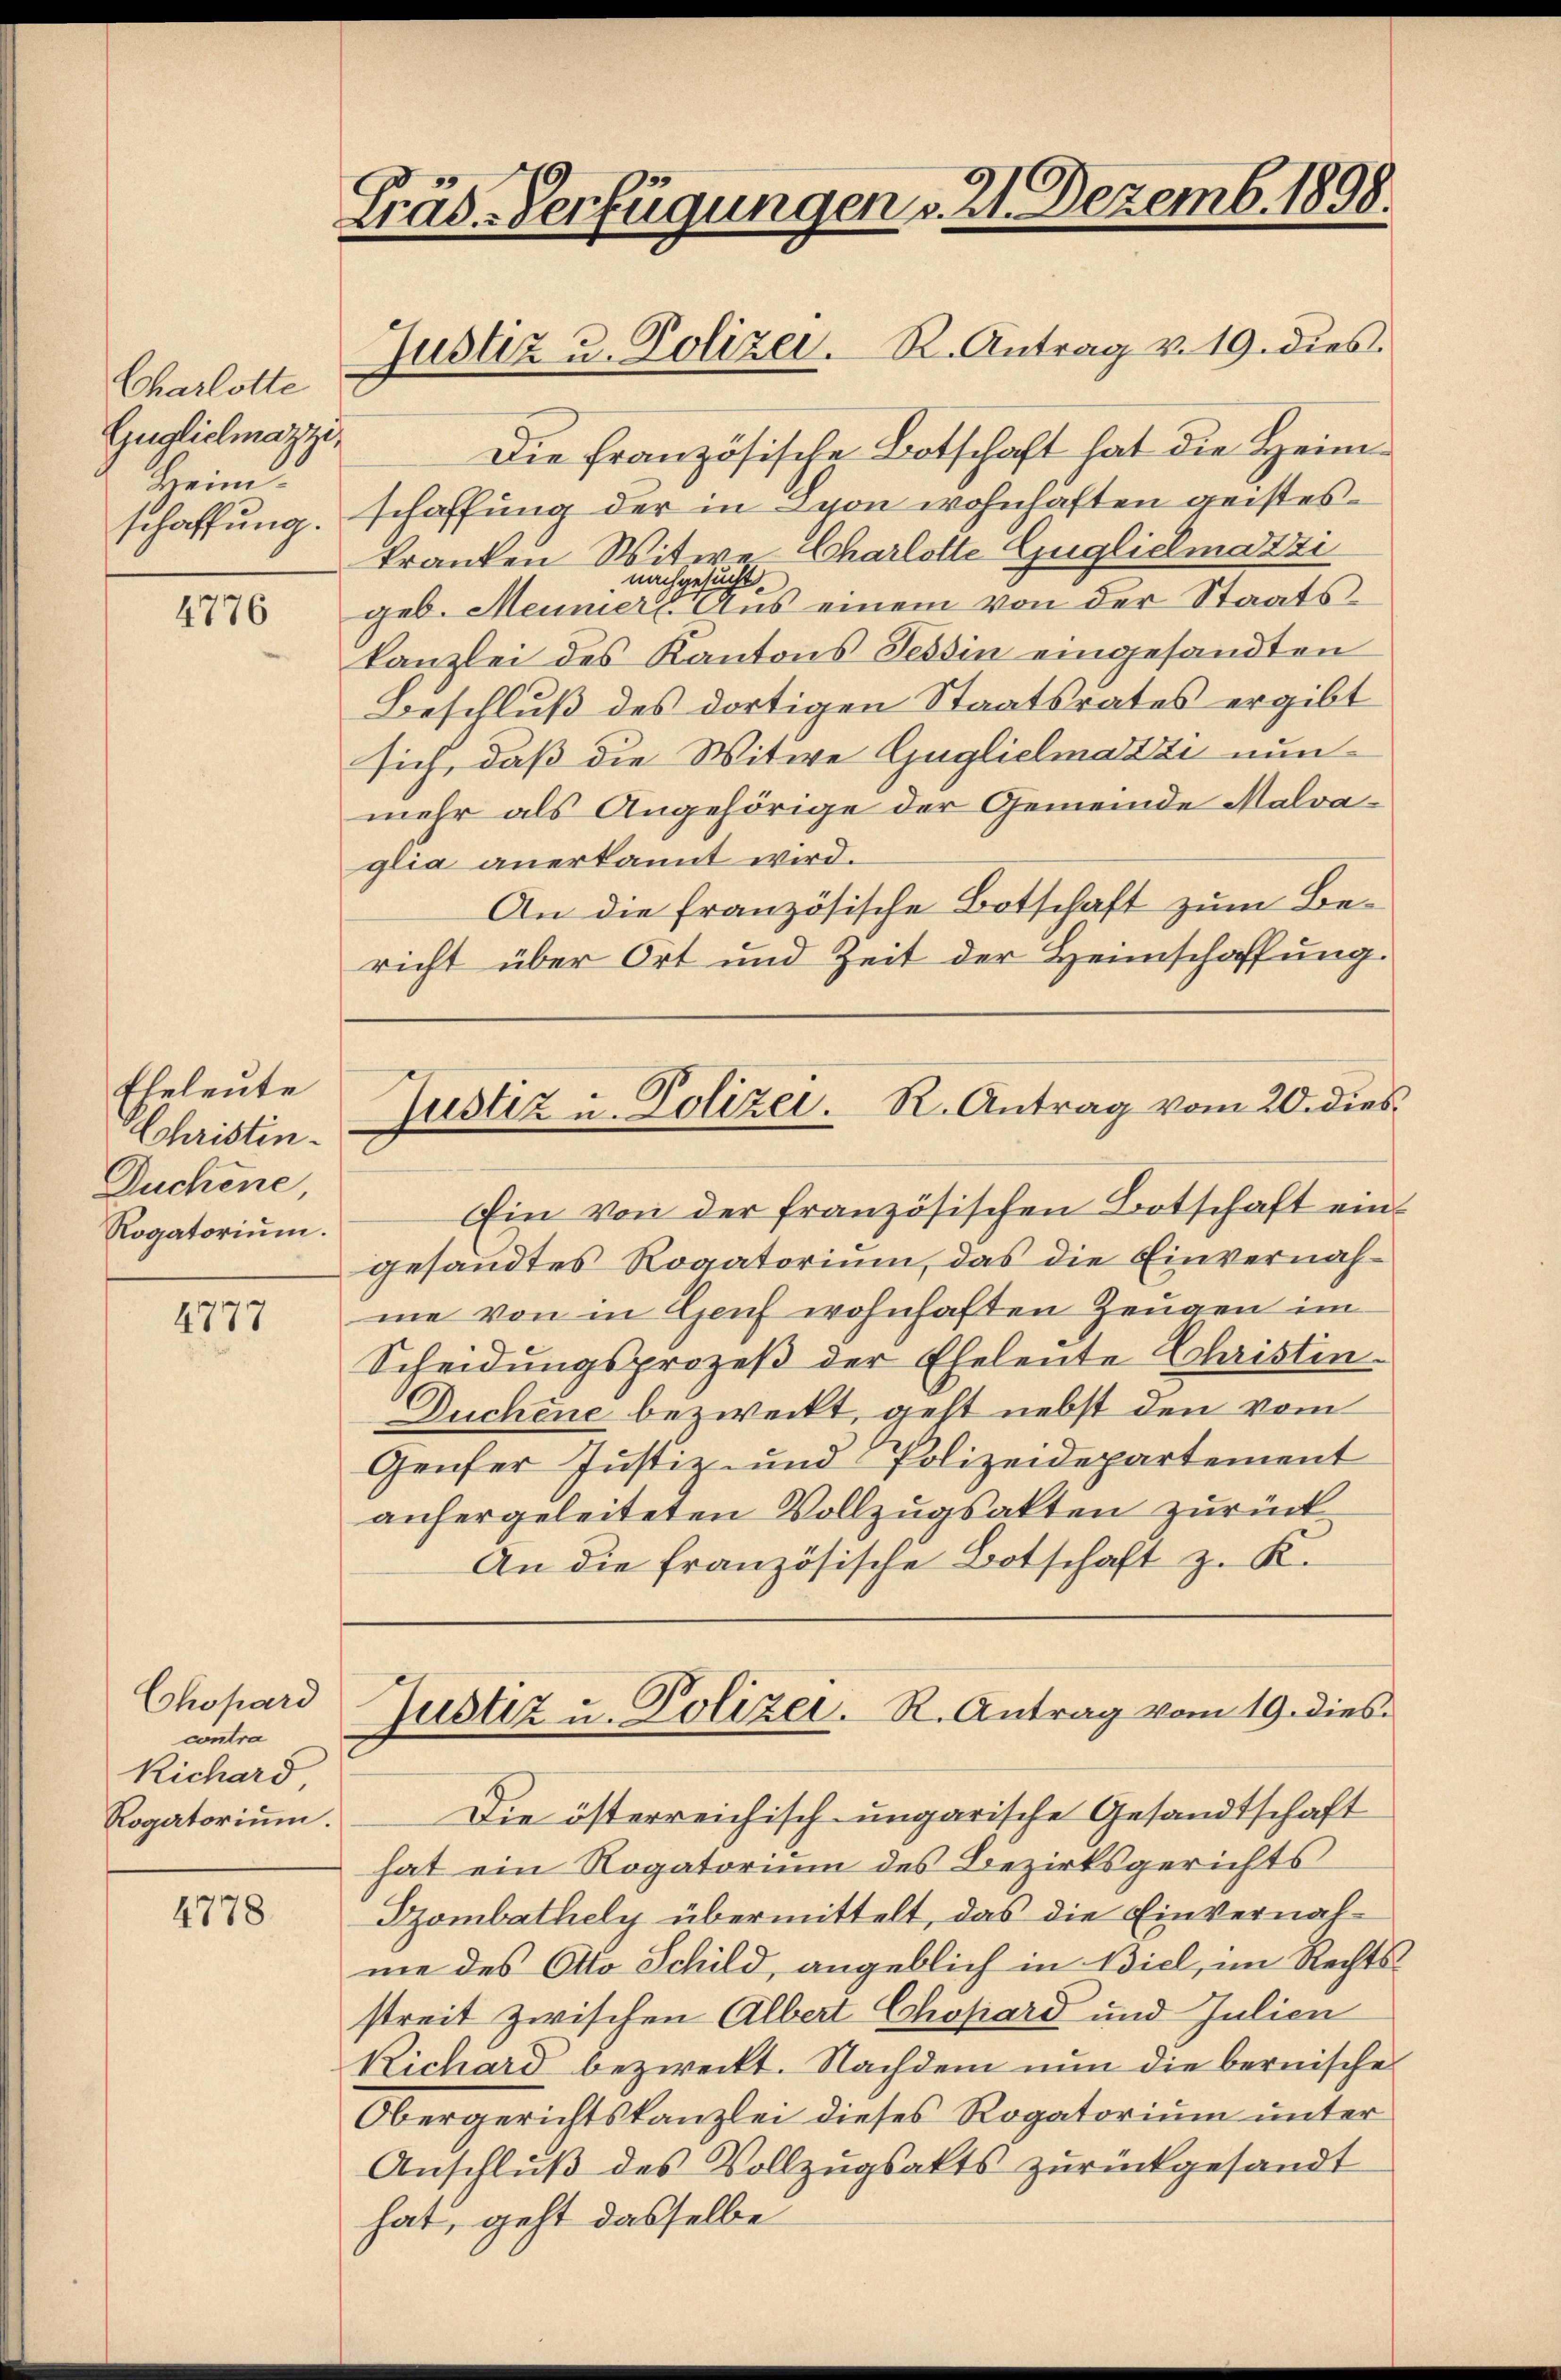
Charlotte
Guglichnazzi
Heim.
schaffung.

4776

Eheleute
Schristin
Duchene,
Rogatorium.

4777

Chopard
contra
Richard
Rogatorium.

4778.

Präd-Verfügungen v. 21. Dezemb. 1898.
Justiz u. Polizei. R. Antrag v. 19. dies

Die Französische Botschaft hat die Heimschaffung der in Syon wohnhaften geisteskranken Witwe Charlotte Guglielmatzi
nachgesucht.
geb. Meiner Aus einem von der Staatskanzlei des Kantons Tessin eingesandten
Beschluß des dortigen Staatsrates ergibt
sich, daß die Witwe Guglielmazzi nun
mehr als Angehörige der Gemeinde Malvaglia anerkannt wird.
An die französische Botschaft zum Bericht über Ort und Zeit der Heimschaffung.
Ein von der französischen Botschaft eingesandtes Rogatorium, das die Einvernahme von in Genf wohnhaften Zeugen im
Scheidungsprozeß der Eheleute Christin
Duchene bezweckt, geht nebst den vom
Genfer Justiz- und Polizeidepartement
anhergeleiteten Vollzugsakten zurück
An die französische Botschaft z. K.
Justiz u. Polizei. R. Antrag vom 19. dies
Die österreichisch-ungarische Gesandtschaft
hat ein Rogatorium des Bezirksgerichts
Szombathely übermittelt, das die Einvernahme des Otto Schild, angeblich in Biel, im Rechtsstreit zwischen Albert Chopard und Julien
Richard bezweckt. Nachdem nun die bernische
Obergerichtskanzlei dieses Rogatorium unter
Anschluß des Vollzugsakts zurückgesandt
hat, geht dasselbe

Justiz u. Polizei. R. Antrag vom 20. dies